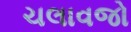
ચલાવજો